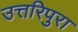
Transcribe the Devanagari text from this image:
उत्तरिपुरा